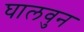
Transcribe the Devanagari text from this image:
घालवुन